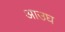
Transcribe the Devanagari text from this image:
आउघ